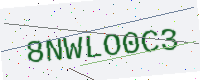
Text: 8NWLO0C3